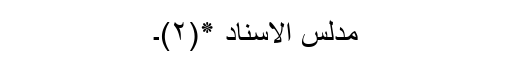
مدلس الاسناد ٭(۲)۔